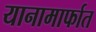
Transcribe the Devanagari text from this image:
यानामार्फात